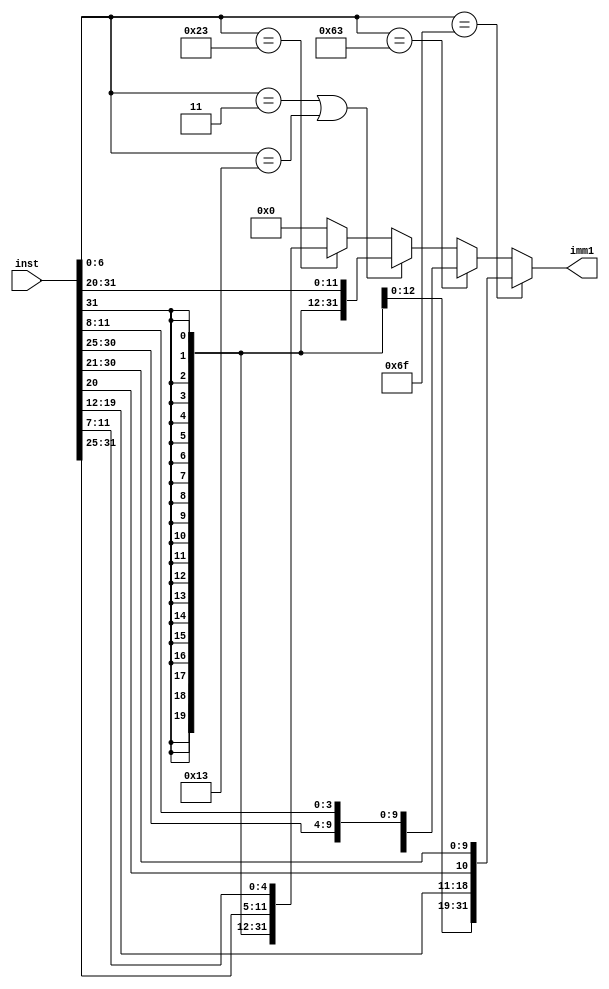
//
//Hrier
//2020/11/29
module ImmGen (
    input wire[31:0] inst,
    output wire[31:0] imm1
);

reg[31:0] imm;

assign imm1 = imm;

always@(*) begin
    if(inst[6:0]==7'b1101111) begin //jal
        imm = {{12{inst[31]}},inst[31],inst[19:12],inst[20],inst[30:21]};
    end else if(inst[6:0]==7'b1100011) begin //beq or blt
        imm = {{20{inst[31]}},inst[31],inst[7],inst[30:25],inst[11:8]};
    end else if(inst[6:0]==7'b0000011 || inst[6:0]==7'b0010011) begin //lw or addi
        imm = {{20{inst[31]}},inst[31:20]};
    end else if(inst[6:0]==7'b0100011) begin //sw
        imm = {{20{inst[31]}},inst[31:25],inst[11:7]};
    end else begin
        imm = 32'b0;
    end
end

endmodule